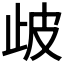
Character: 𣥣